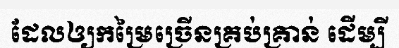
ដែលឲ្យកម្រៃច្រើនគ្រប់គ្រាន់ ដើម្បី